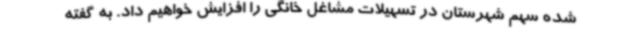
شده سهم شهرستان در تسهیلات مشاغل خانگی را افزایش خواهیم داد. به گفته